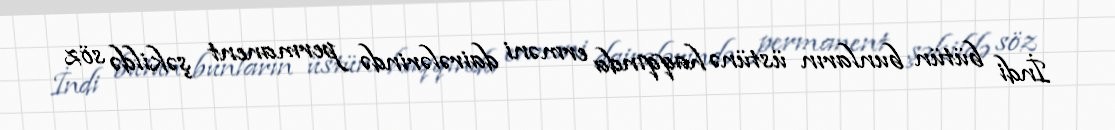
İndi bütün bunların üstünə haqqında erməni dairələrində permanent şəkildə söz